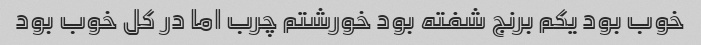
خوب بود یکم برنج شفته بود خورشتم چرب اما در کل خوب بود